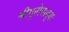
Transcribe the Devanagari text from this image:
श्रीगुरोसदृशः